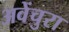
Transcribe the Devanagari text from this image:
अवेंचुरा